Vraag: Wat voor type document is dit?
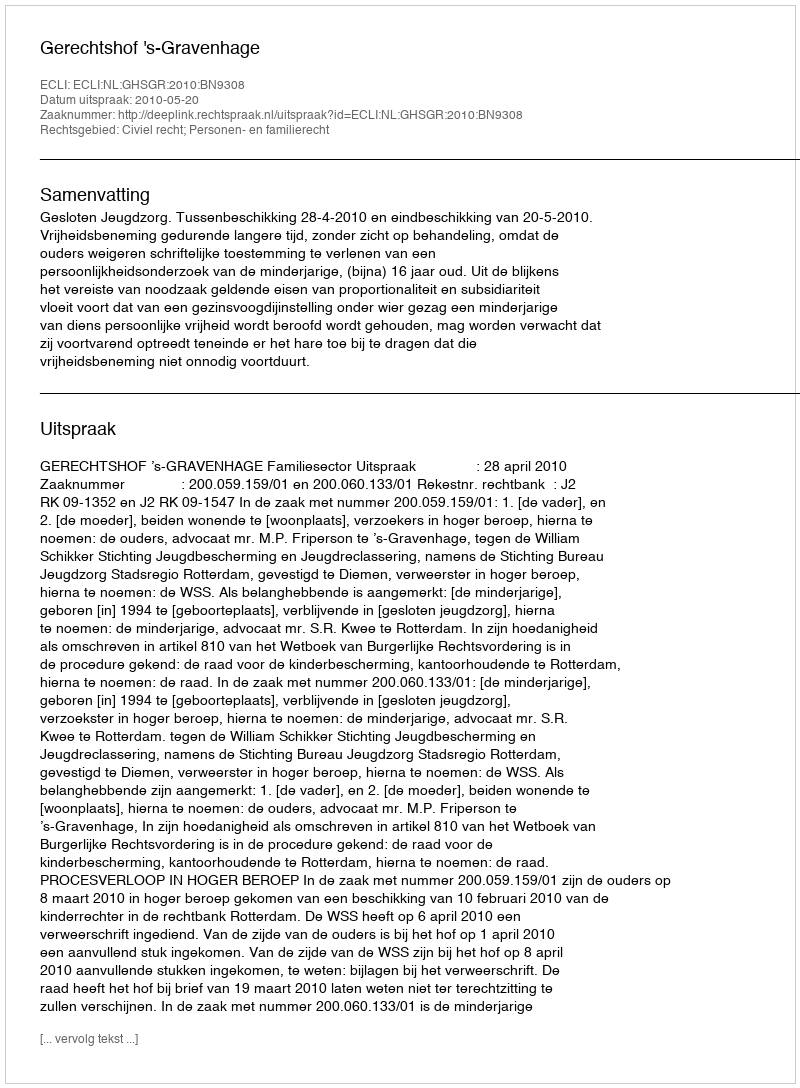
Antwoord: Uitspraak